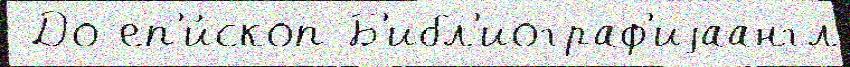
 До еп'и́скоп Б'ибл'иограф'иjаангл